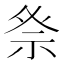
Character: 𮁨